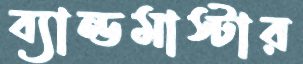
ব্যান্ডমাস্টার